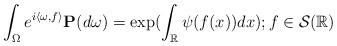
LaTeX: \begin{align*} \int_{\Omega}e^{i\langle \omega , f\rangle}\mathbf{P}(d\omega)=\exp(\int_{\mathbb{R}}\psi(f(x))dx); f\in\mathcal{S}(\mathbb{R})\end{align*}